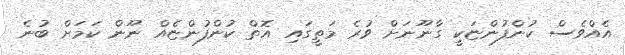
އެއްވެސް ކުންފުންޏަކީ ގާނޫނަށް ވުރެ މަތީގައި އޮތް ކުންފުންޏެއް ނޫން ކަމަށް ބުނެ